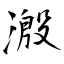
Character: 溵